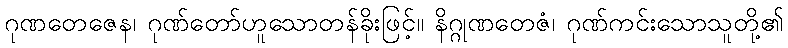
ဂုဏတေဇေန၊ ဂုဏ်တော်ဟူသောတန်ခိုးဖြင့်။ နိဂ္ဂုဏတေဇံ၊ ဂုဏ်ကင်းသောသူတို့၏